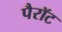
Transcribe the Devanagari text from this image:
पैरॉट